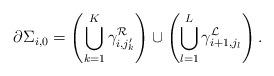
LaTeX: \begin{align*}\partial\Sigma_{i,0}=\left(\bigcup_{k=1}^{K}\gamma_{i,j^\prime_k}^{\mathcal{R}}\right)\cup\left(\bigcup_{l=1}^{L}\gamma_{i+1,j_l}^{\mathcal{L}}\right).\end{align*}